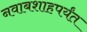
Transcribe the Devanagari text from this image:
नवाबशाहपर्यंत